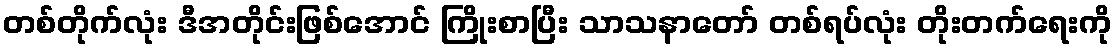
တစ်တိုက်လုံး ဒီအတိုင်းဖြစ်အောင် ကြိုးစာပြီး သာသနာတော် တစ်ရပ်လုံး တိုးတက်ရေးကို